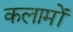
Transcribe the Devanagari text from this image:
कलामों